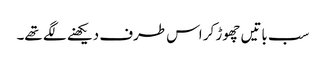
سب باتیں چھوڑ کر اس طرف دیکھنے لگے تھے۔